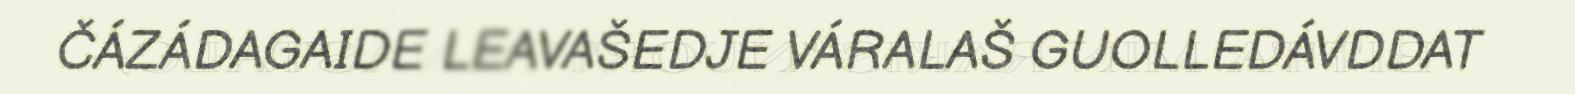
ČÁZÁDAGAIDE LEAVAŠEDJE VÁRALAŠ GUOLLEDÁVDDAT